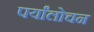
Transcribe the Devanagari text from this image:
पर्यांलोचन